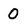
Character: 0